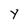
Character: Y